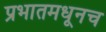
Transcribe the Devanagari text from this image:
प्रभातमधूनच